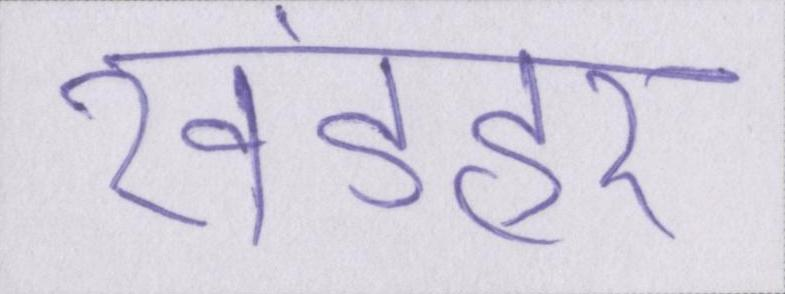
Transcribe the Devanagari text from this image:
खंडहर